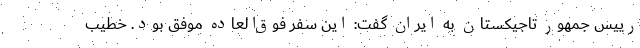
رییس جمهور تاجیکستان به ایران گفت: این سفر فوق‌العاده موفق بود. خطیب